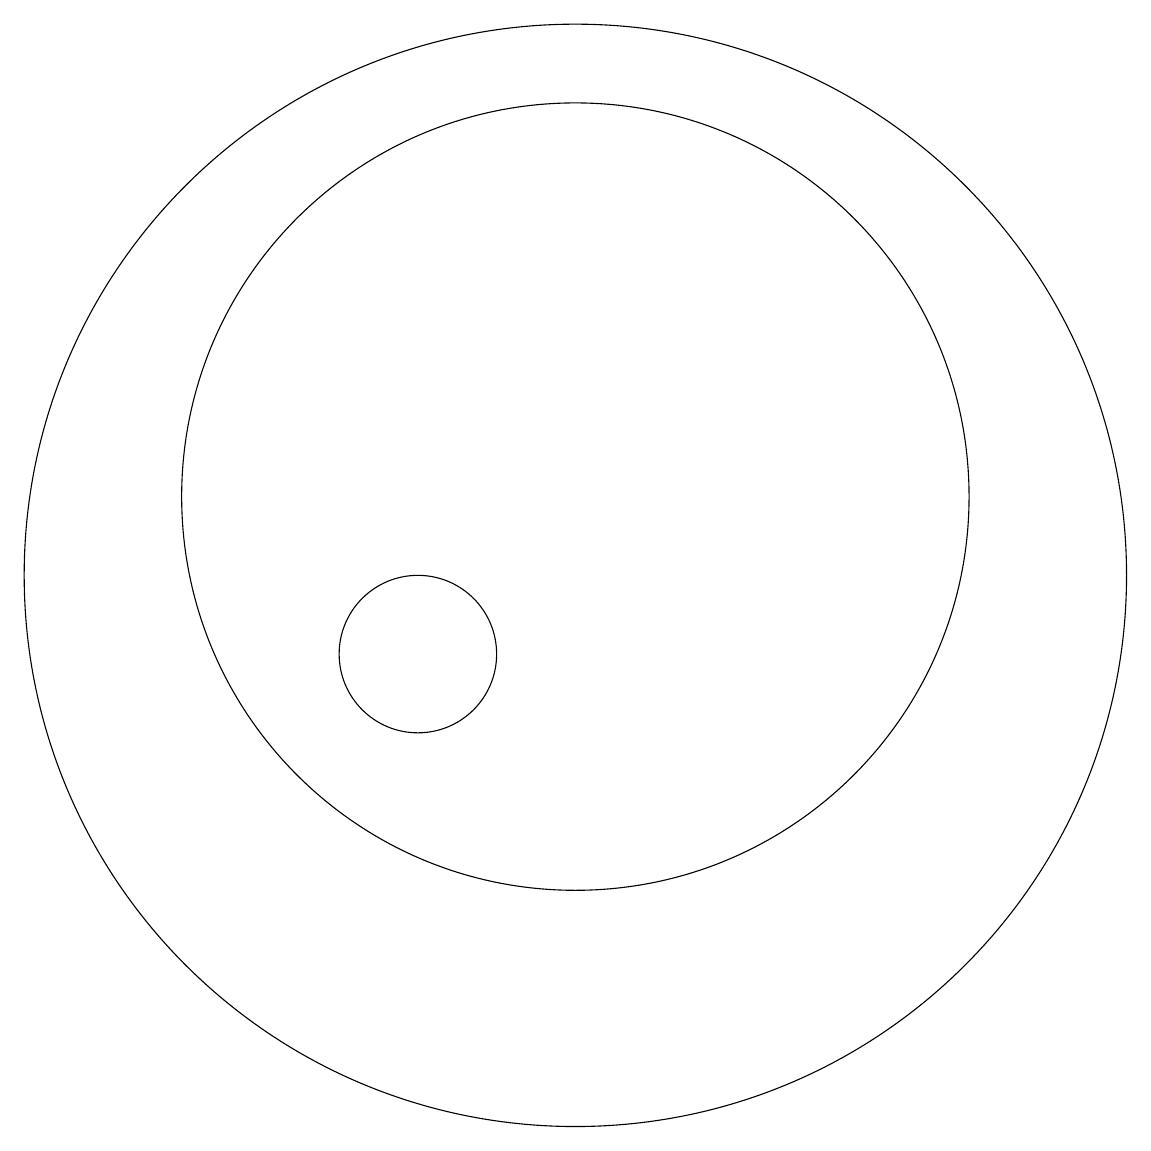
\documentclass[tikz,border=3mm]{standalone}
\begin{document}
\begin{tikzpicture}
\draw (12,11) circle (7);
\draw (12,12) circle (5);
\draw (10,10) circle (1);
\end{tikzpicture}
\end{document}